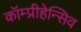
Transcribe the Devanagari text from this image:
कॉम्प्रीहेन्सिव